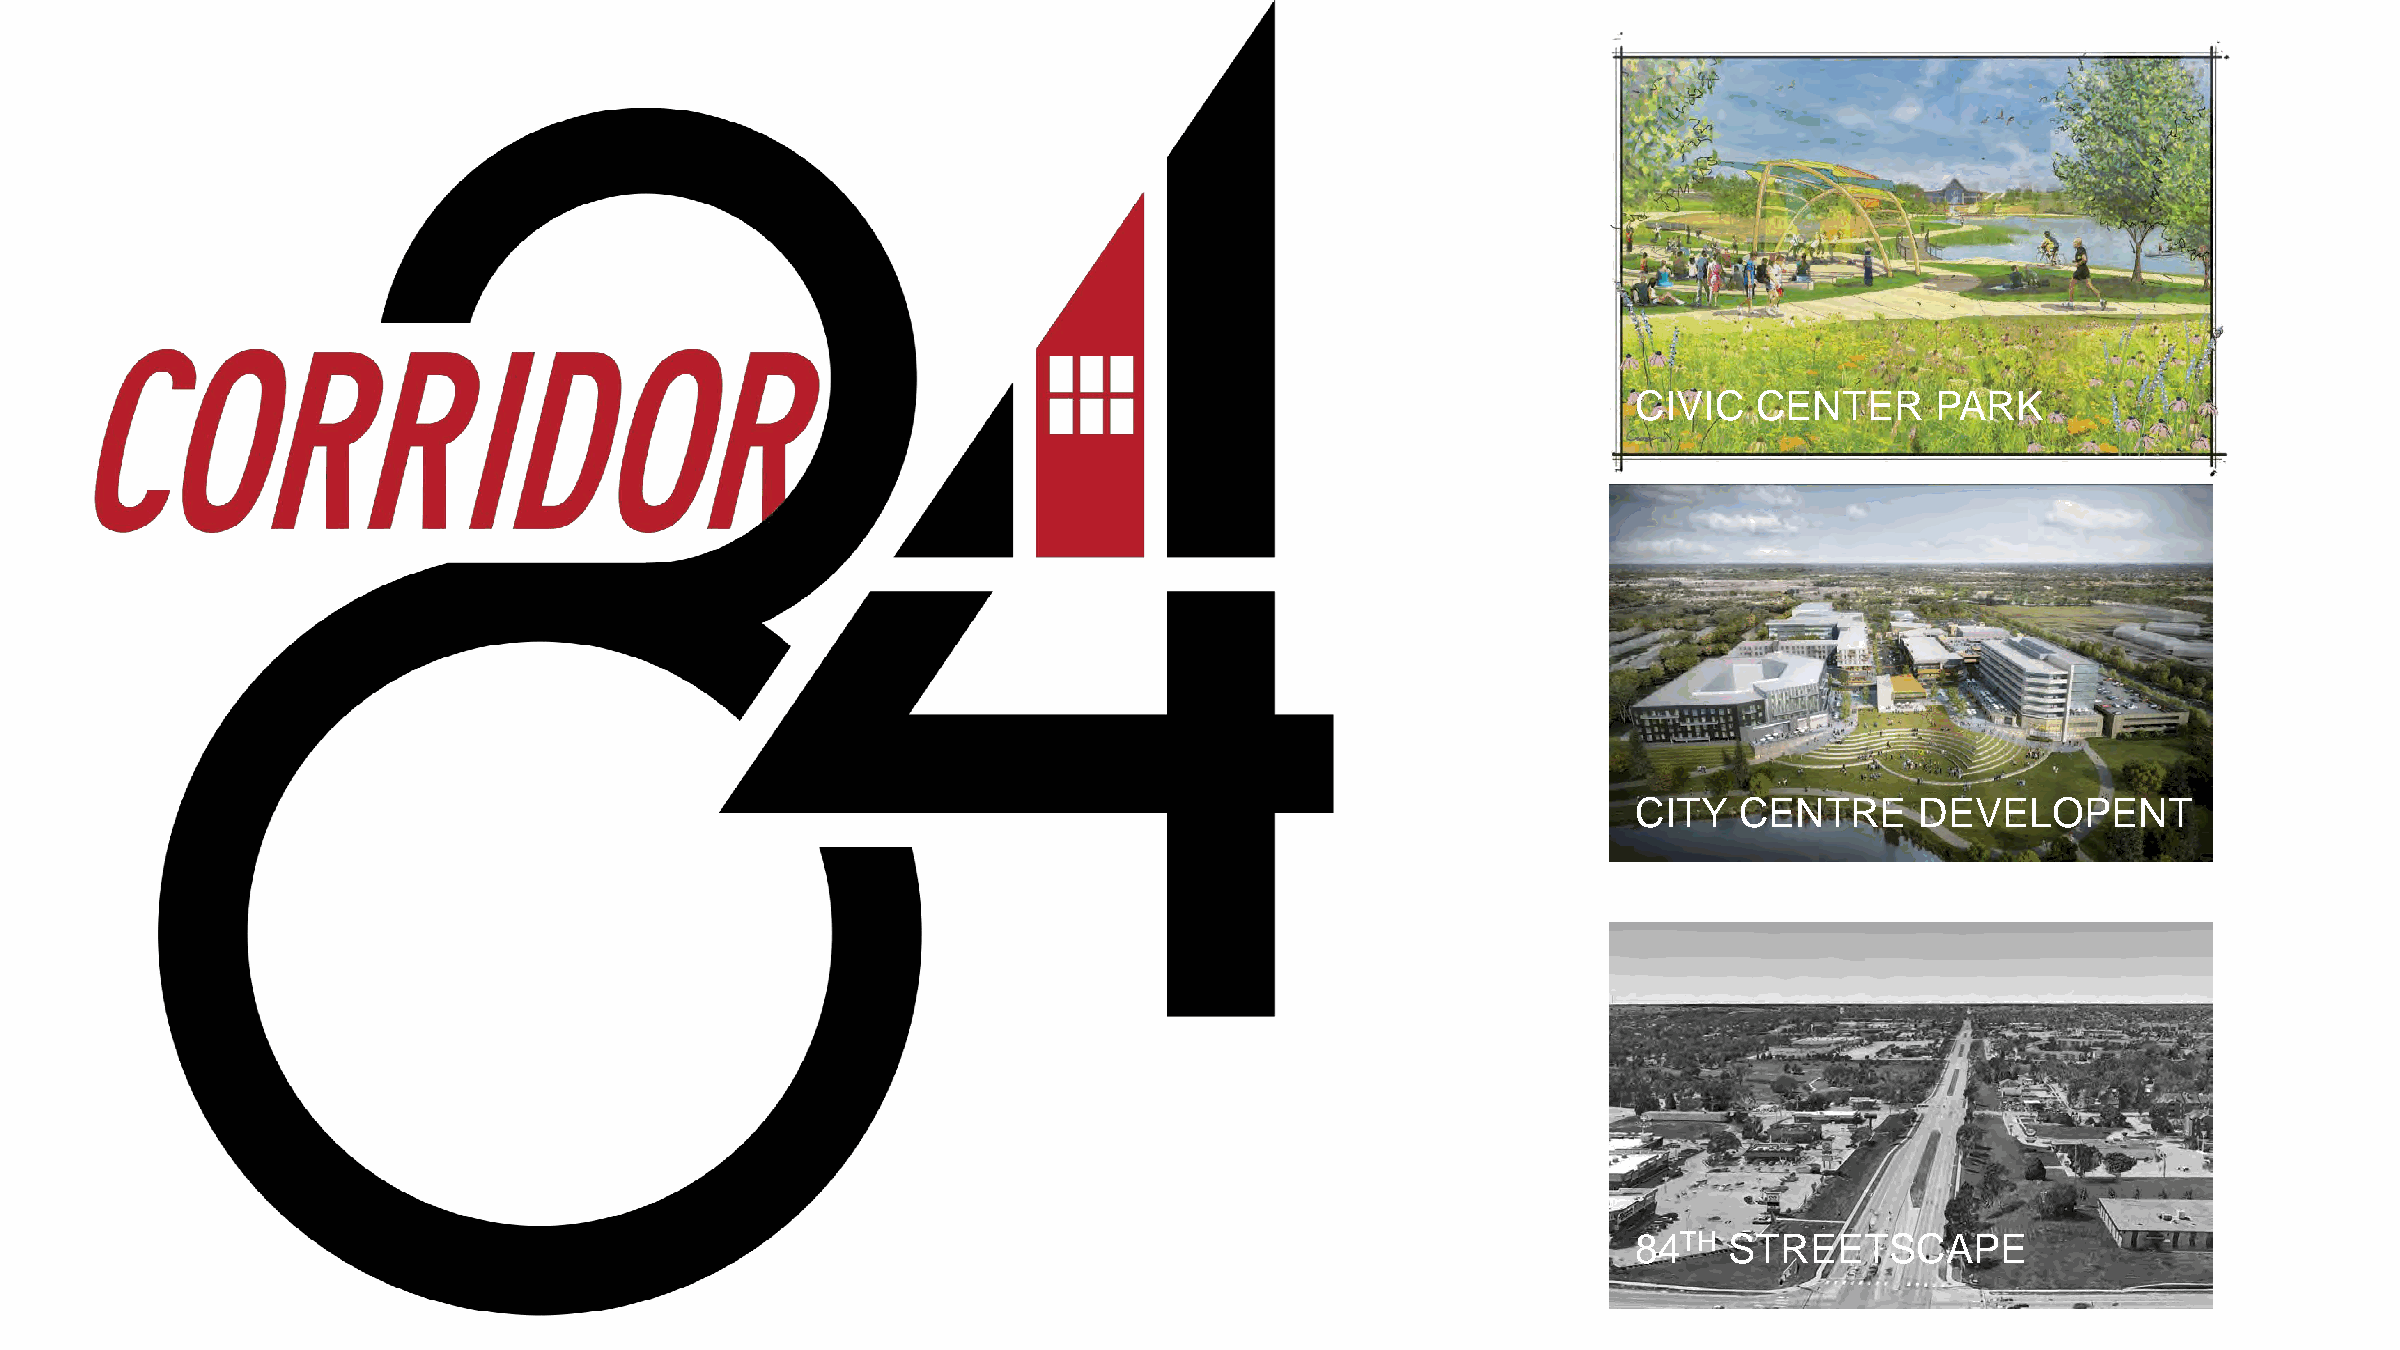
CIVIC   CENTER      PARK
 CITY   CENTRE      DEVELOPENT
 84TH  STREETSCAPE